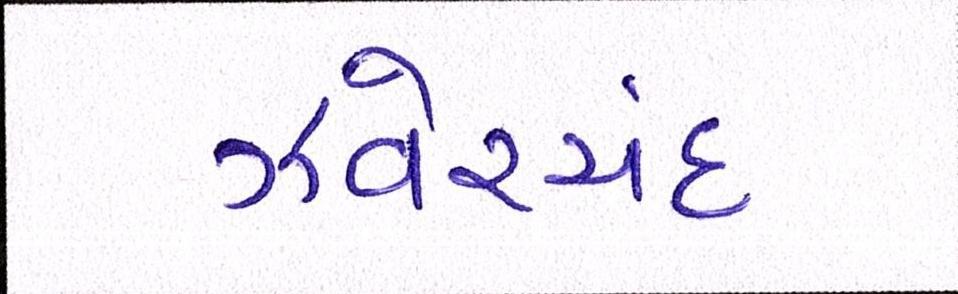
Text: ઝવેરચંદ